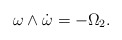
\begin{align*}\omega \wedge \dot{\omega} = - \Omega_2.\end{align*}